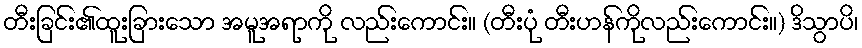
တီးခြင်း၏ထူးခြားသော အမူအရာကို လည်းကောင်း။ (တီးပုံ တီးဟန်ကိုလည်းကောင်း။) ဒိသွာပိ၊